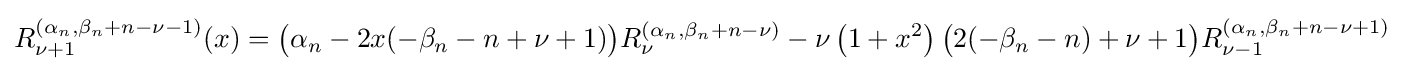
R_{\nu +1}^{\left(\alpha _{n},\beta _{n}+n-\nu -1\right)}(x)={\bigl (}\alpha _{n}-2x(-\beta _{n}-n+\nu +1){\bigr )}R_{\nu }^{\left(\alpha _{n},\beta _{n}+n-\nu \right)}-\nu \left(1+x^{2}\right){\bigl (}2(-\beta _{n}-n)+\nu +1{\bigr )}R_{\nu -1}^{\left(\alpha _{n},\beta _{n}+n-\nu +1\right)}